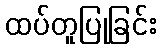
ထပ်တူပြုခြင်း